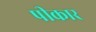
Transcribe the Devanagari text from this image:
पीकार